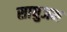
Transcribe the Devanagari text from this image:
साधुजन